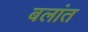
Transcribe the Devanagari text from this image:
बलांत